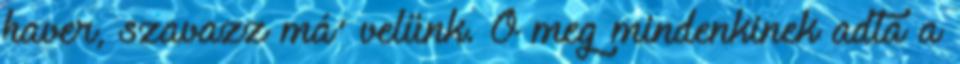
haver, szavazz má' velünk. Ő meg mindenkinek adta a